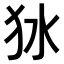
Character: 𤝎